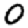
Digit: 0